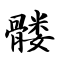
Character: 髅